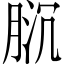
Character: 𱼌